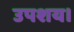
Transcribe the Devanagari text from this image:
उपशय।